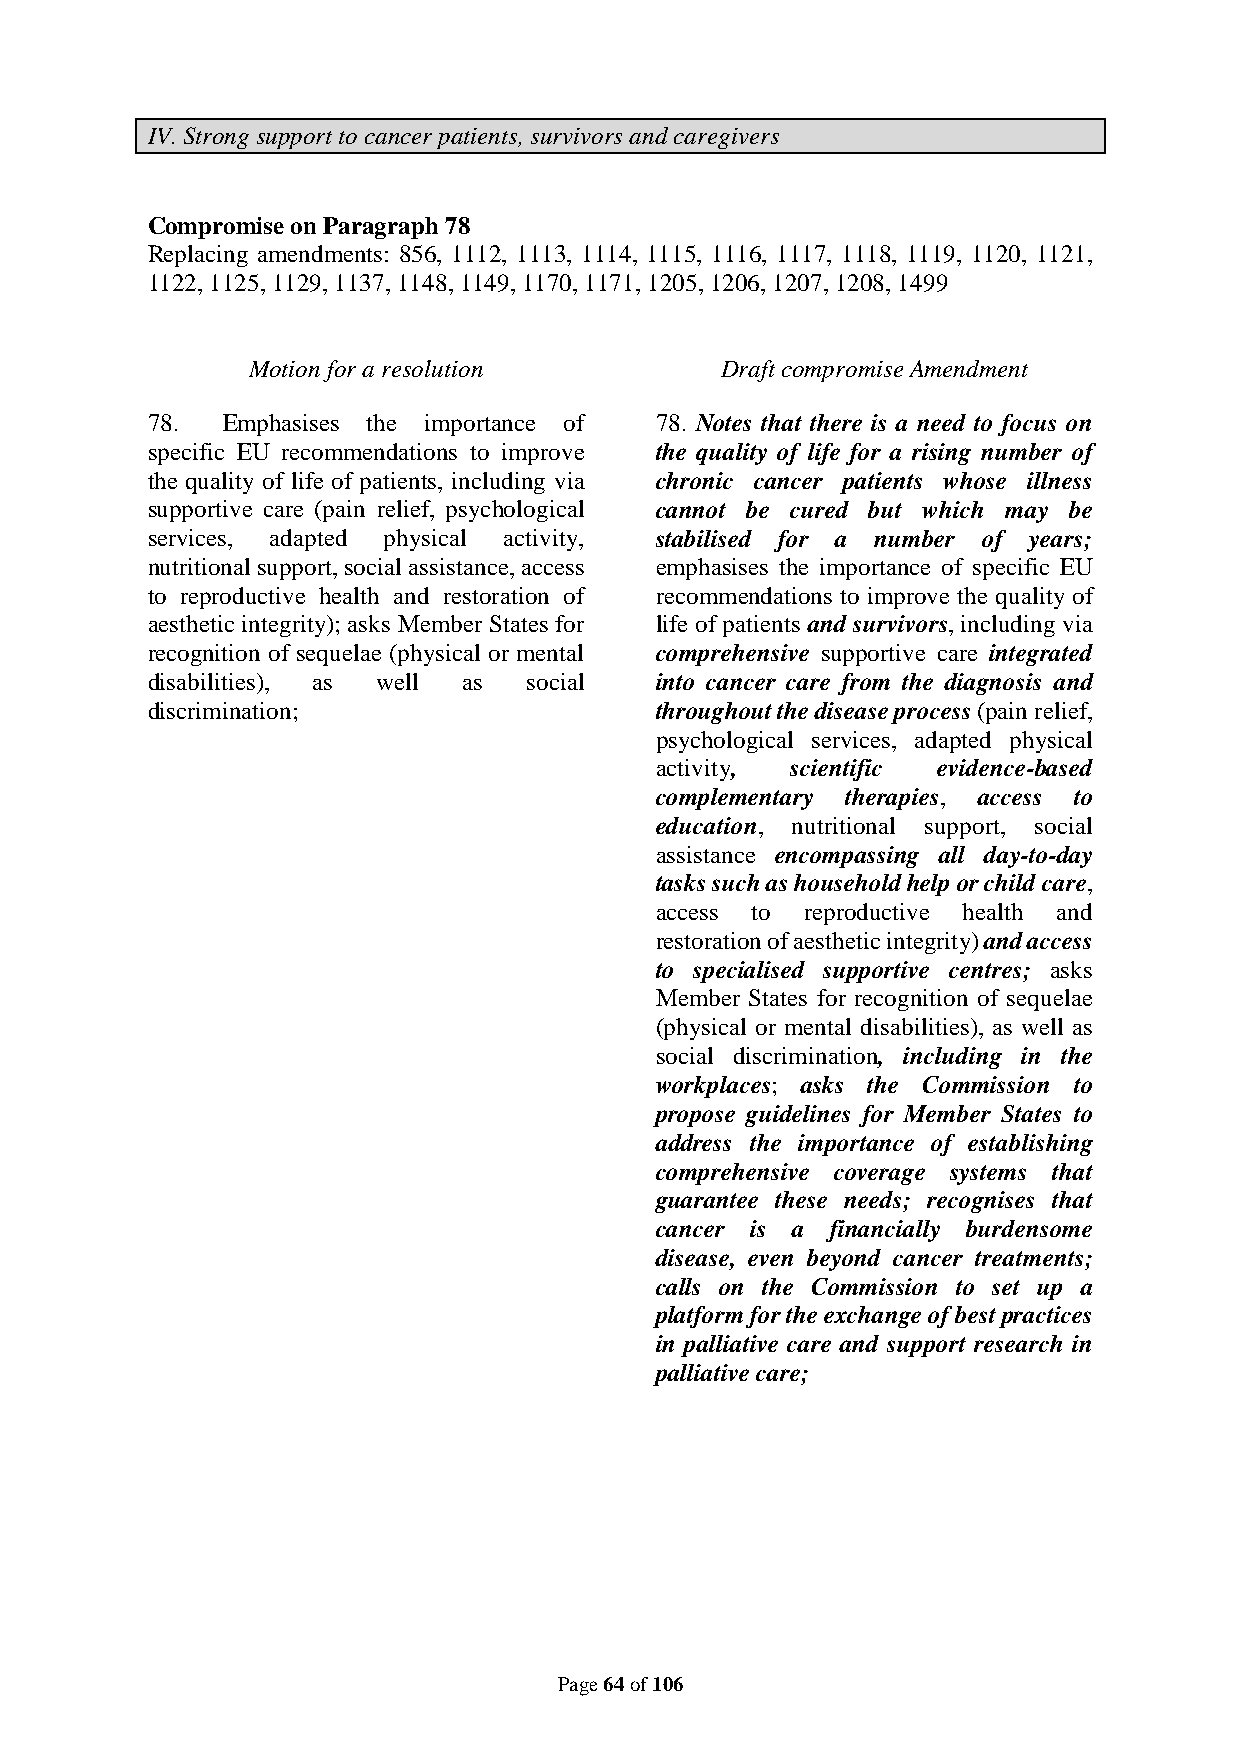
IV. Strong support to cancer patients, survivors and caregivers
 Compromise on Paragraph 78
 Replacing amendments: 856, 1112, 1113, 1114, 1115, 1116, 1117, 1118, 1119, 1120, 1121,
 1122, 1125, 1129, 1137, 1148, 1149, 1170, 1171, 1205, 1206, 1207, 1208, 1499
 Motion for a resolution         Draft compromise Amendment
 78.  Emphasises the importance of 78. Notes that there is a need to focus on
 specific EU recommendations to improve the quality of life for a rising number of
 the quality of life of patients, including via chronic cancer patients whose illness
 supportive care (pain relief, psychological cannot be cured but which may be
 services, adapted physical activity, stabilised for a number of years;
 nutritional support, social assistance, access emphasises the importance of specific EU
 to reproductive health and restoration of recommendations to improve the quality of
 aesthetic integrity); asks Member States for life of patients and survivors, including via
 recognition of sequelae (physical or mental comprehensive supportive care integrated
 disabilities), as well as social into cancer care from the diagnosis and
 discrimination;                  throughout the disease process (pain relief,
 psychological services, adapted physical
 activity, scientific evidence-based
 complementary therapies, access to
 education, nutritional support, social
 assistance encompassing all day-to-day
 tasks such as household help or child care,
 access to reproductive health and
 restoration of aesthetic integrity) and access
 to specialised supportive centres; asks
 Member States for recognition of sequelae
 (physical or mental disabilities), as well as
 social discrimination, including in the
 workplaces; asks the Commission to
 propose guidelines for Member States to
 address the importance of establishing
 comprehensive coverage systems that
 guarantee these needs; recognises that
 cancer is a financially burdensome
 disease, even beyond cancer treatments;
 calls on the Commission to set up a
 platform for the exchange of best practices
 in palliative care and support research in
 palliative care;
 Page 64 of 106